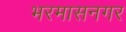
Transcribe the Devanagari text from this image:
भरमासनगर